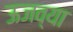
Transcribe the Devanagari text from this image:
ऊजव्या